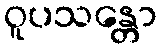
ဝူပသန္တော